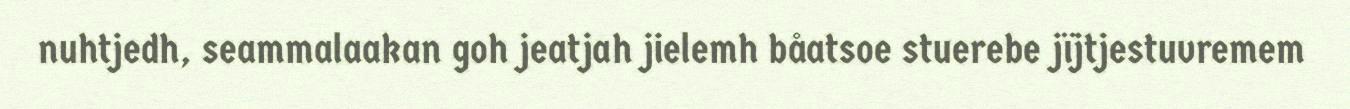
nuhtjedh, seammalaakan goh jeatjah jielemh båatsoe stuerebe jïjtjestuvremem